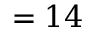
= 1 4